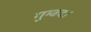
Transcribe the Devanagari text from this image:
गुम्बद।